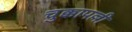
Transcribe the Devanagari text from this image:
चुक्कापल्ली